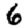
Digit: 6